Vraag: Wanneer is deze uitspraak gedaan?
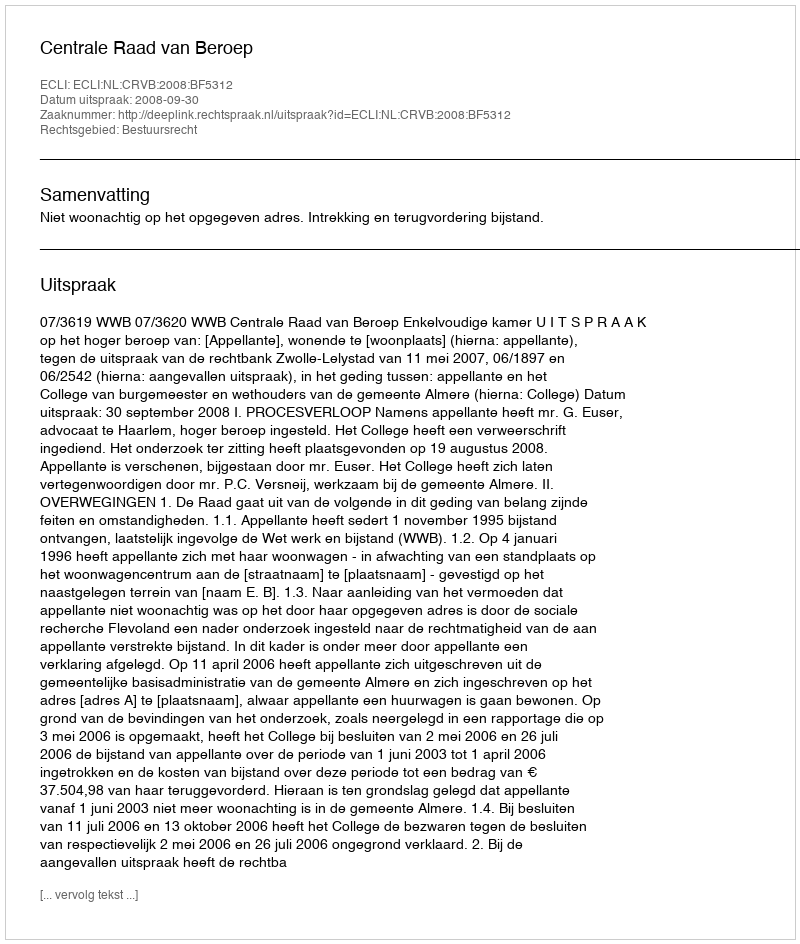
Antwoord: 2008-09-30